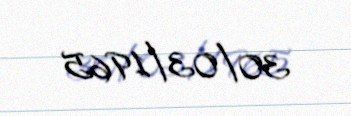
30/03/1965